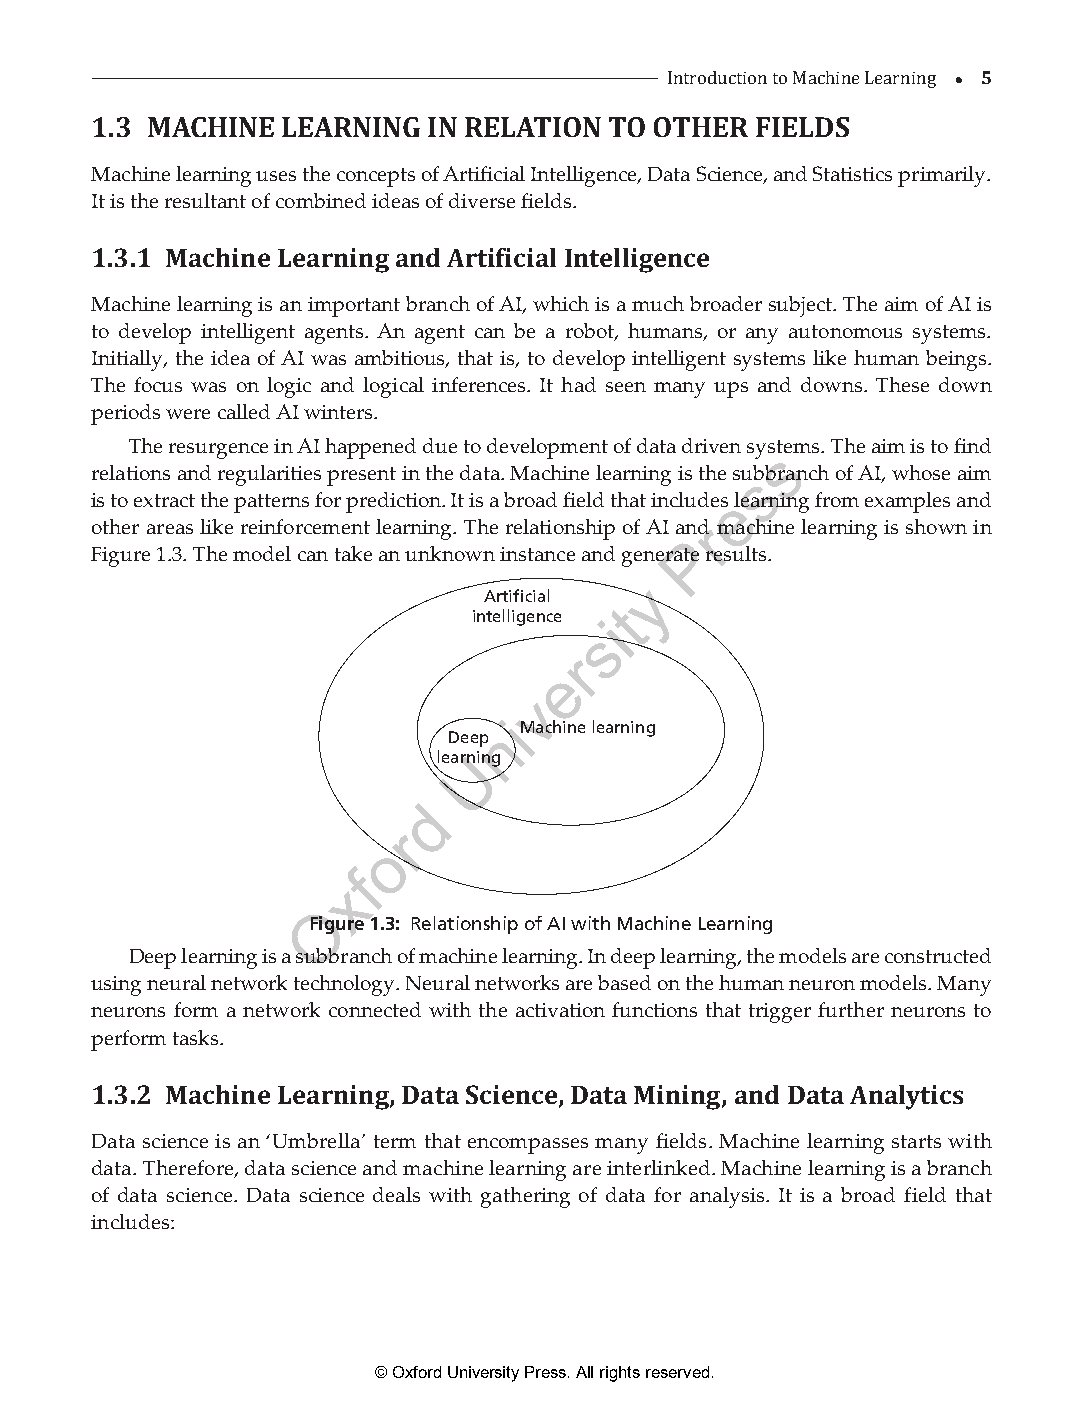
 5
 1.3 MACHINE  LEARNING IN RELATION TO OITntrHodEucRtio Fn ItoE MLaDchSine Learning
 Machine learning uses the concepts of Artificial Intelligence, Data Science, and Statistics primarily.
 It is the resultant of combined ideas of diverse fields.
 1.3.1 Machine Learning and Artificial Intelligence
 Machine learning is an important branch of AI, which is a much broader subject. The aim of AI is
 to develop intelligent agents. An agent can be a robot, humans, or any autonomous systems.
 Initially, the idea of AI was ambitious, that is, to develop intelligent systems like human beings.
 The focus was on logic and logical inferences. It had seen many ups and downs. These down
 periods were called AI winters.
 The resurgence in AI happened due to development of data driven sysstems. The aim is to find
 relations and regularities present in the data. Machine learning is the susbbranch of AI, whose aim
 is to extract the patterns for prediction. It is a broad field that includese learning from examples and
 other areas like reinforcement learning. The relationship of AI anrd machine learning is shown in
 P
 Figure 1.3. The model can take an unknown instance and generate results.
 y
 Artificial
 t
 intelligence i
 s
 r
 e
 v
 i
 n Machine learning
 Deep
 learUning
 d
 r
 o
 f
 x
 O
 Figure 1.3: Relationship of AI with Machine Learning
 Deep learning is a subbranch of machine learning. In deep learning, the models are constructed
 using neural network technology. Neural networks are based on the human neuron models. Many
 neurons form a network connected with the activation functions that trigger further neurons to
 perform tasks.
 1.3.2 Machine Learning, Data Science, Data Mining, and Data Analytics
 Data science is an ‘Umbrella’ term that encompasses many fields. Machine learning starts with
 data. Therefore, data science and machine learning are interlinked. Machine learning is a branch
 of data science. Data science deals with gathering of data for analysis. It is a broad field that
 includes:
 © Oxford University Press. All rights reserved.
 ML_01.indd 5                                                  26-Mar-21 3:12:40 PM